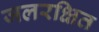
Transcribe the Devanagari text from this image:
जलरक्षित